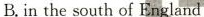
B. in the south of England